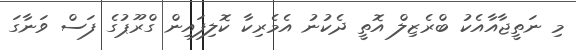
މި ނަތީޖާއާއެކު ބްރެޒިލް އޮތީ ދެކުނު އެމެރިކާ ކޮލިފައިން ގްރޫޕުގެ ފަސް ވަނާގަ